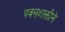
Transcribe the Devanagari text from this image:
पवनशक्तीने